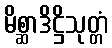
မိစ္ဆာဒိဋ္ဌိသုတ္တံ